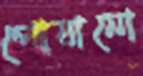
পোষানো